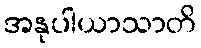
အနုပါယာသာတိ